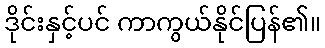
ဒိုင်းနှင့်ပင် ကာကွယ်နိုင်ပြန်၏။